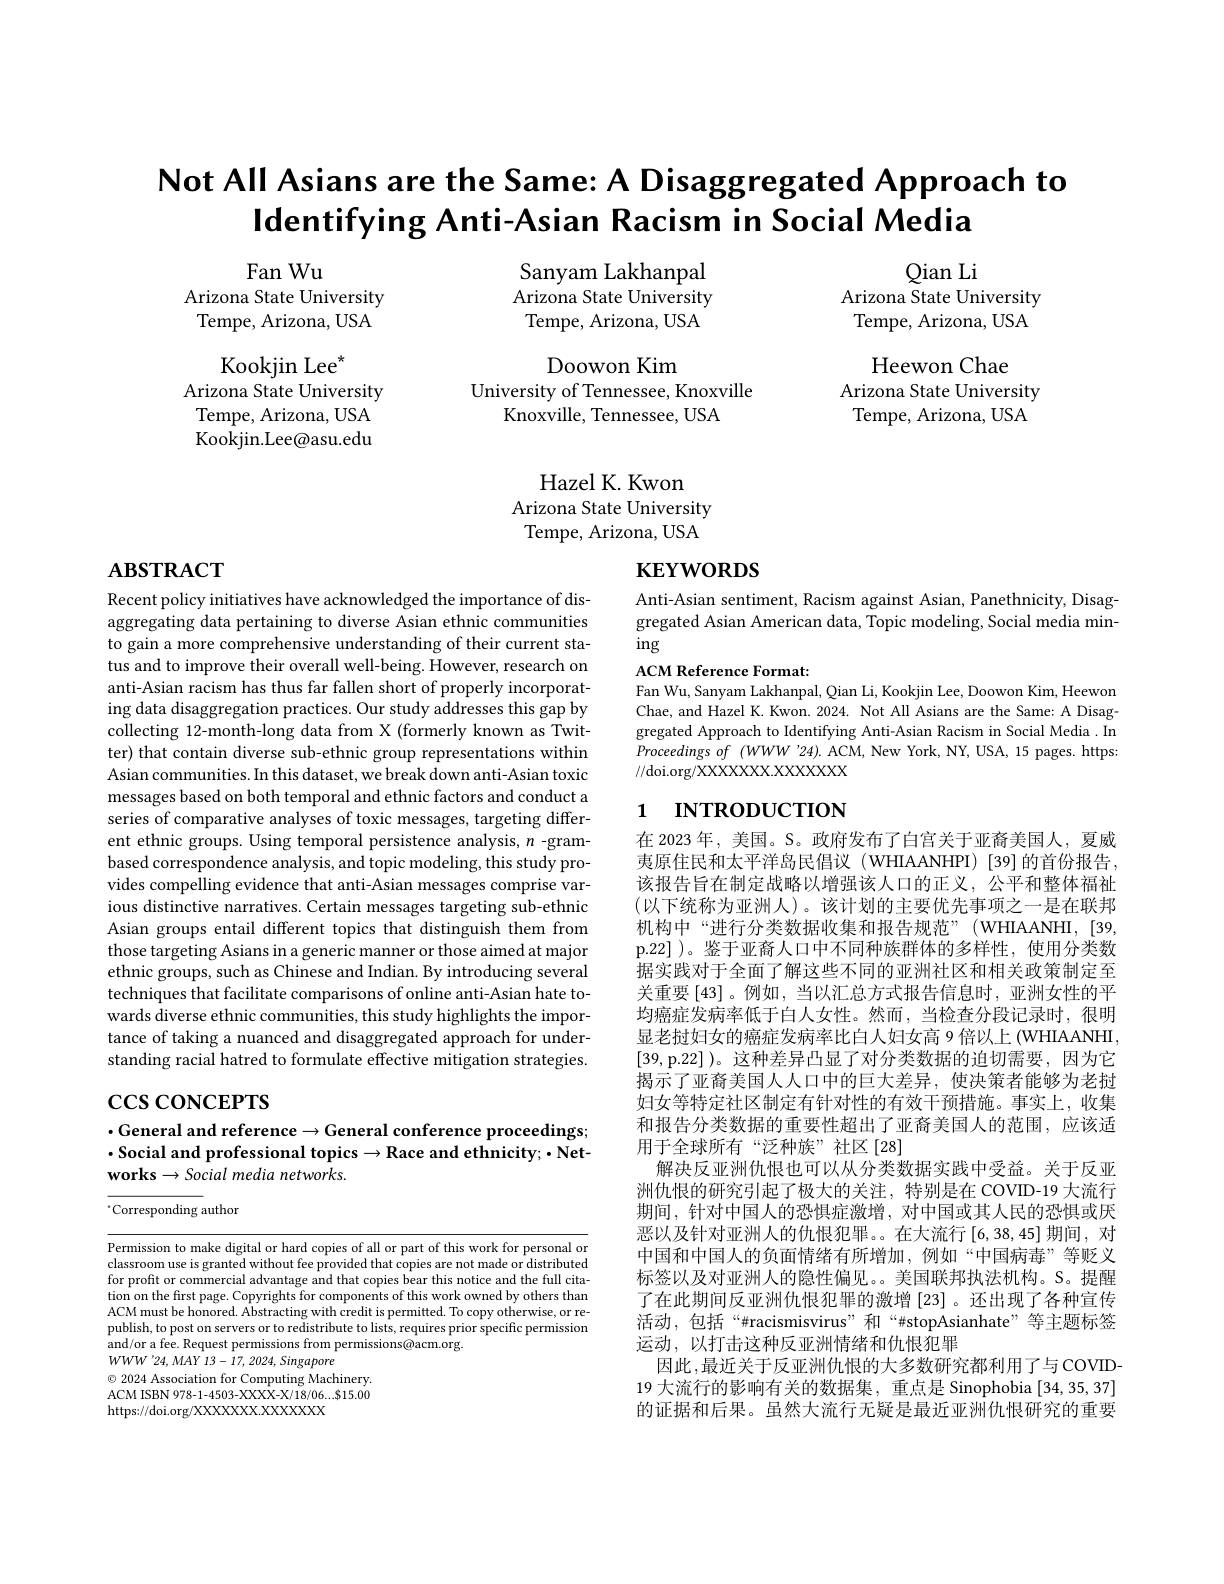
# Not All Asians are the Same: A Disaggregated Approach to $\textbf{Identifying Anti- Asian Racism in Social Media}$

Sanyam Lakhanpal Arizona State University Tempe, Arizona, USA

Qian Li
Arizona State University Tempe, Arizona, USA

Fan Wu
Arizona State University Tempe, Arizona, USA

Doowon Kim
University of Tennessee, Knoxville
Knoxville, Tennessee, USA

Heewon Chae
Arizona State University Tempe, Arizona, USA

Kookjin Lee$^*$
Arizona State University Tempe, Arizona, USA Kookjin.Lee@asu.edu

Hazel K. Kwon
Arizona State University Tempe, Arizona, USA

# $\mathbf{ABSTRACT}$

# $\mathbf{KEYWORDS}$

Anti-Asian sentiment, Racism against Asian, Panethnicity, Disaggregated Asian American data, Topic modeling, Social media mining

ACM Reference Format:
Fan Wu, Sanyam Lakhanpal, Qian Li, Kookjin Lee, Doowon Kim, Heewon Chae, and Hazel K. Kwon. 2024. Not All Asians are the Same: A Disaggregated Approach to Identifying Anti-Asian Racism in Social Media . In Proceedingsof $( WWWW$ '24). ACM, New York, NY, USA, 15 pages. https: //doi.org/XXXXXXX.XXXXXX

# 1 INTRODUCTION

Recent policy initiatives have acknowledged the importance of disaggregating data pertaining to diverse Asian ethnic communities to gain a more comprehensive understanding of their current status and to improve their overall well-being. However, research on anti-Asian racism has thus far fallen short of properly incorporating data disaggregation practices. Our study addresses this gap by collecting 12-month-long data from X (formerly known as Twitter) that contain diverse sub-ethnic group representations within Asian communities. In this dataset, we break down anti-Asian toxic messages based on both temporal and ethnic factors and conduct a series of comparative analyses of toxic messages, targeting different ethnic groups. Using temporal persistence analysis, $n$ -grambased correspondence analysis, and topic modeling, this study provides compelling evidence that anti-Asian messages comprise various distinctive narratives. Certain messages targeting sub-ethnic Asian groups entail different topics that distinguish them from those targeting Asians in a generic manner or those aimed at major ethnic groups, such as Chinese and Indian. By introducing several techniques that facilitate comparisons of online anti-Asian hate towards diverse ethnic communities, this study highlights the importance of taking a nuanced and disaggregated approach for understanding racial hatred to formulate effective mitigation strategies

$\csc$coNCEPTS

在 2023 年，美国。S。政府发布了白宫关于亚裔美国人，夏威夷原住民和太平洋岛民倡议(WHIAANHPI)[39]的首份报告， 该报告旨在制定战略以增强该人口的正义，公平和整体福祉(以下统称为亚洲人)。该计划的主要优先事项之一是在联邦机构中“进行分类数据收集和报告规范”(WHIAANHI,[39,1]) p.22] )。鉴于亚裔人口中不同种族群体的多样性，使用分类数据实践对于全面了解这些不同的亚洲社区和相关政策制定至关重要[43]。例如，当以汇总方式报告信息时，亚洲女性的平均癌症发病率低于白人女性。然而，当检查分段记录时，很明显老挝妇女的癌症发病率比白人妇女高 9 倍以上 (WHIAANHI, [39,p.22] )。这种差异凸显了对分类数据的迫切需要，因为它揭示了亚裔美国人人口中的巨大差异，使决策者能够为老挝妇女等特定社区制定有针对性的有效干预措施。事实上，收集和报告分类数据的重要性超出了亚裔美国人的范围，应该适用于全球所有“泛种族”社区[28]
解决反亚洲仇恨也可以从分类数据实践中受益。关于反亚洲仇恨的研究引起了极大的关注，特别是在 COVID-19 大流行期间，针对中国人的恐惧症激增，对中国或其人民的恐惧或厌恶以及针对亚洲人的仇恨犯罪。在大流行[6,38,45]期间，对中国和中国人的负面情绪有所增加，例如“中国病毒”等贬义标签以及对亚洲人的隐性偏见。。美国联邦执法机构。S。提醒了在此期间反亚洲仇恨犯罪的激增[23]。还出现了各种宣传活动，包括“#racismisvirus”和“#stopAsianhate”等主题标签运动，以打击这种反亚洲情绪和仇恨犯罪
因此，最近关于反亚洲仇恨的大多数研究都利用了与COVID- 19 大流行的影响有关的数据集，重点是 Sinophobia [34,35,37] 的证据和后果。虽然大流行无疑是最近亚洲仇恨研究的重要

# $\cdot$General and reference$\to$General conference proceedings; $\cdot$Social and professional topics$\to$Race and ethnicity;$\bullet$Networks $\to Social\textit{media networks. }$

$^{*}$Corresponding author

Permission to make digital or hard copies of all or part of this work for personal or classroom use is granted without fee provided that copies are not made or distributed for profit or commercial advantage and that copies bear this notice and the full citation on the first page. Copyrights for components of this work owned by others than ACM must be honored. Abstracting with credit is permitted. To copy otherwise, or republish, to post on servers or to redistribute to lists, requires prior specific permission and/or a fee. Request permissions from permissions@acm.org.
$WWW^{\prime}24,MAY13-17,2024,Singapore^{1}$
$\odot$ 2024 Association for Computing Machinery. ACM ISBN 978-1-4503-XXXX-X/18/06...$15.00 https://doi.org/XXXXXXX.XXXXXX